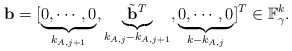
\begin{align*}\mathbf{b}=[\underbrace{0,\cdots,0}_{k_{A,j+1}},\underbrace{\tilde{\mathbf{\mathbf{b}}}^{T}}_{k_{A,j}-k_{A,j+1}},\underbrace{0,\cdots,0}_{k-k_{A,j}}]^{T}\in\mathbb{F}_{\gamma}^{k}.\end{align*}